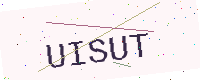
Text: UISUT